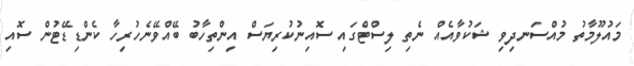
މައުލޫމާތު މުއްސަނދިވި ޝަކުވާއެއް ނެތި ލިސްޓްގައި ސޮއިނުކުރިޔަސް އިންތިހާބު ބޭއްވޭނެހުރިހާ ކެންޑިޑޭޓުން ސޮއި